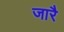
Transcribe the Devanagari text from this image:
जारै